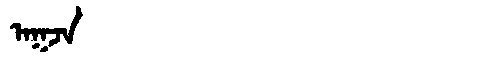
Manchu: ᠠᡴᠵᠠ
Romanization: AKJA